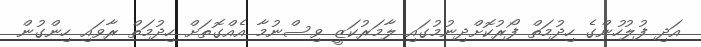
އަދި ފުލުހުންގެ ހިދުމަތް ފޯރުކޮށްދިނުމުގައި ލާމަރުކަޒީ ވިސްނުމާ އެއްގޮތަށް ހިދުމަތް ރާވައި ހިންގުން